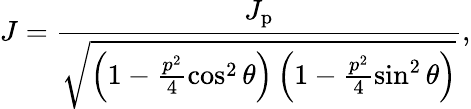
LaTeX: J=\frac{J_{\mathrm{p}}}{\sqrt{\left(1-\frac{p^{2}}{4}\cos^{2}\theta\right)\left(1-\frac{p^{2}}{4}\sin^{2}\theta\right)}},